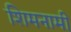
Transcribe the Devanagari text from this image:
शिमनामी